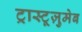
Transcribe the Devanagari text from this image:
ट्रास्टूज़ुमेब